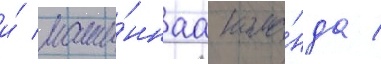
и́ маши́ннаа кома́нда /